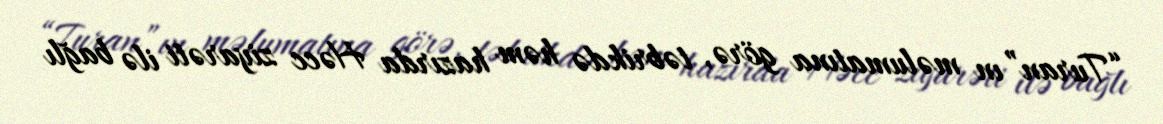
“Turan”ın məlumatına görə, təbrikdə həm hazırda Həcc ziyarəti ilə bağlı